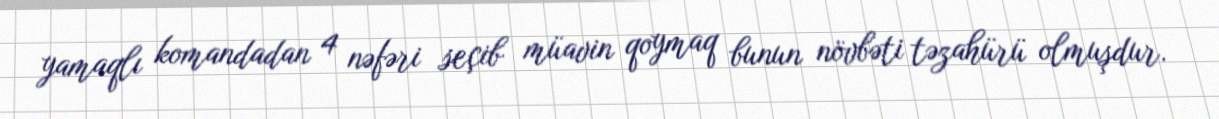
yamaqlı komandadan 4 nəfəri seçib müavin qoymaq bunun növbəti təzahürü olmuşdur.